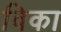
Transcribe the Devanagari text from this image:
विका